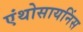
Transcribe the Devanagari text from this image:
एंथोसायनिंस